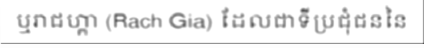
ឬរាជហ្គា (Rach Gia) ដែលជាទីប្រជុំជននៃ